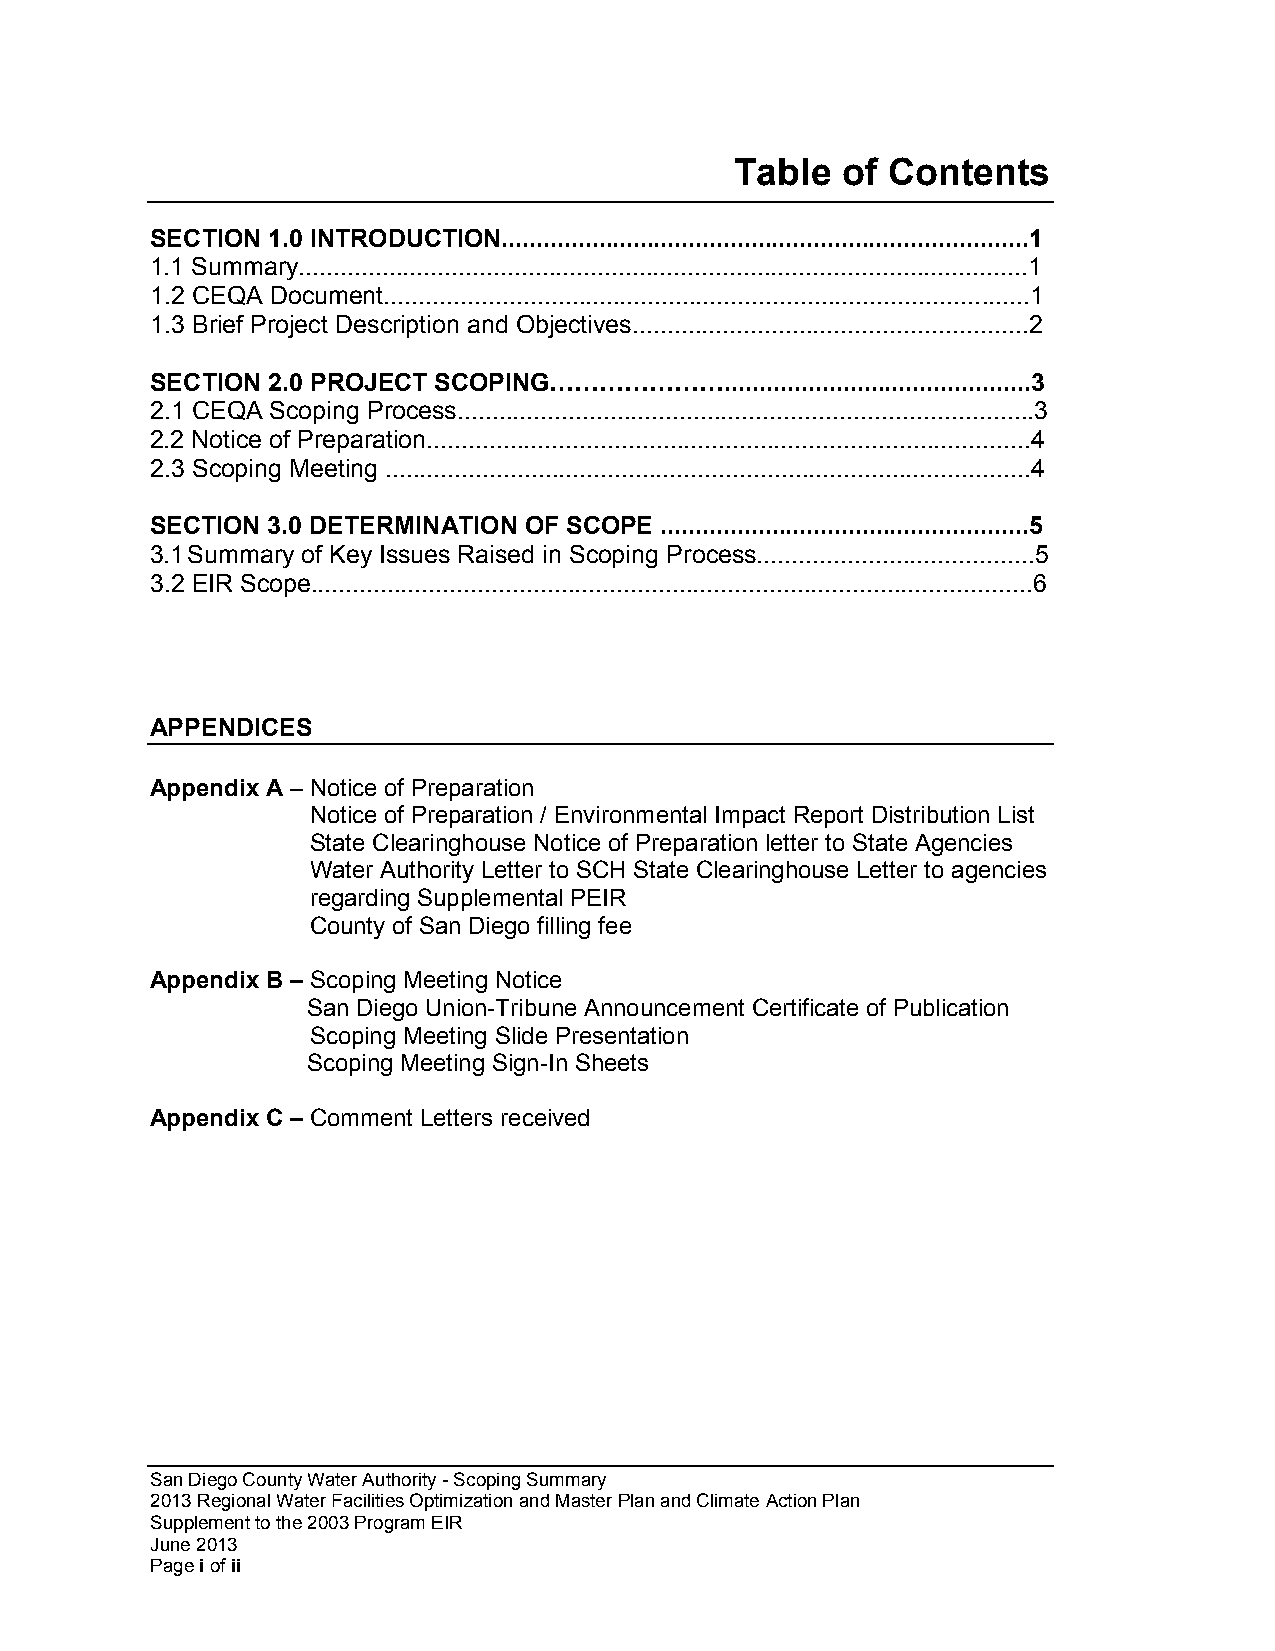
Table  of Contents
 SECTION 1.0 INTRODUCTION............................................................................1
 1.1 Summary.........................................................................................................1
 1.2 CEQA Document.............................................................................................1
 1.3 Brief Project Description and Objectives.........................................................2
 SECTION 2.0 PROJECT SCOPING…………………............................................3
 2.1 CEQA Scoping Process...................................................................................3
 2.2 Notice of Preparation.......................................................................................4
 2.3 Scoping Meeting .............................................................................................4
 SECTION 3.0 DETERMINATION OF SCOPE .....................................................5
 3.1 Summary of Key Issues Raised in Scoping Process........................................5
 3.2 EIR Scope........................................................................................................6
 APPENDICES
 Appendix A – Notice of Preparation
 Notice of Preparation / Environmental Impact Report Distribution List
 State Clearinghouse Notice of Preparation letter to State Agencies
 Water Authority Letter to SCH State Clearinghouse Letter to agencies
 regarding Supplemental PEIR
 County of San Diego filling fee
 Appendix B – Scoping Meeting Notice
 San Diego Union-Tribune Announcement Certificate of Publication
 Scoping Meeting Slide Presentation
 Scoping Meeting Sign-In Sheets
 Appendix C – Comment Letters received
 San Diego County Water Authority - Scoping Summary
 2013 Regional Water Facilities Optimization and Master Plan and Climate Action Plan
 Supplement to the 2003 Program EIR
 June 2013
 Page i of ii